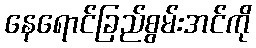
နေရောင်ခြည်စွမ်းအင်ကို